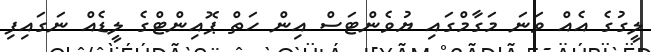
ލީގުގެ އެއް ވަނަ މަގާމްގައި ޔުވެންޓަސް އިން ހަތް ޕޮއިންޓްގެ ލީޑެއް ނަގައިފި